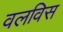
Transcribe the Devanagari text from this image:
वलविस